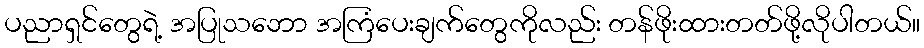
ပညာရှင်တွေရဲ့ အပြုသဘော အကြံပေးချက်တွေကိုလည်း တန်ဖိုးထားတတ်ဖို့လိုပါတယ်။